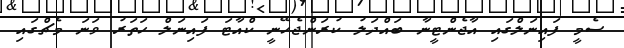
ސެމީ ފައިނަލްގައި އާޖެންޓީނާ ބައްދަލު ކުރަންޖެހޭނީ ކްއާޓަ ފައިނަލް ހަތަރު ވަނަ މެޗްގައި